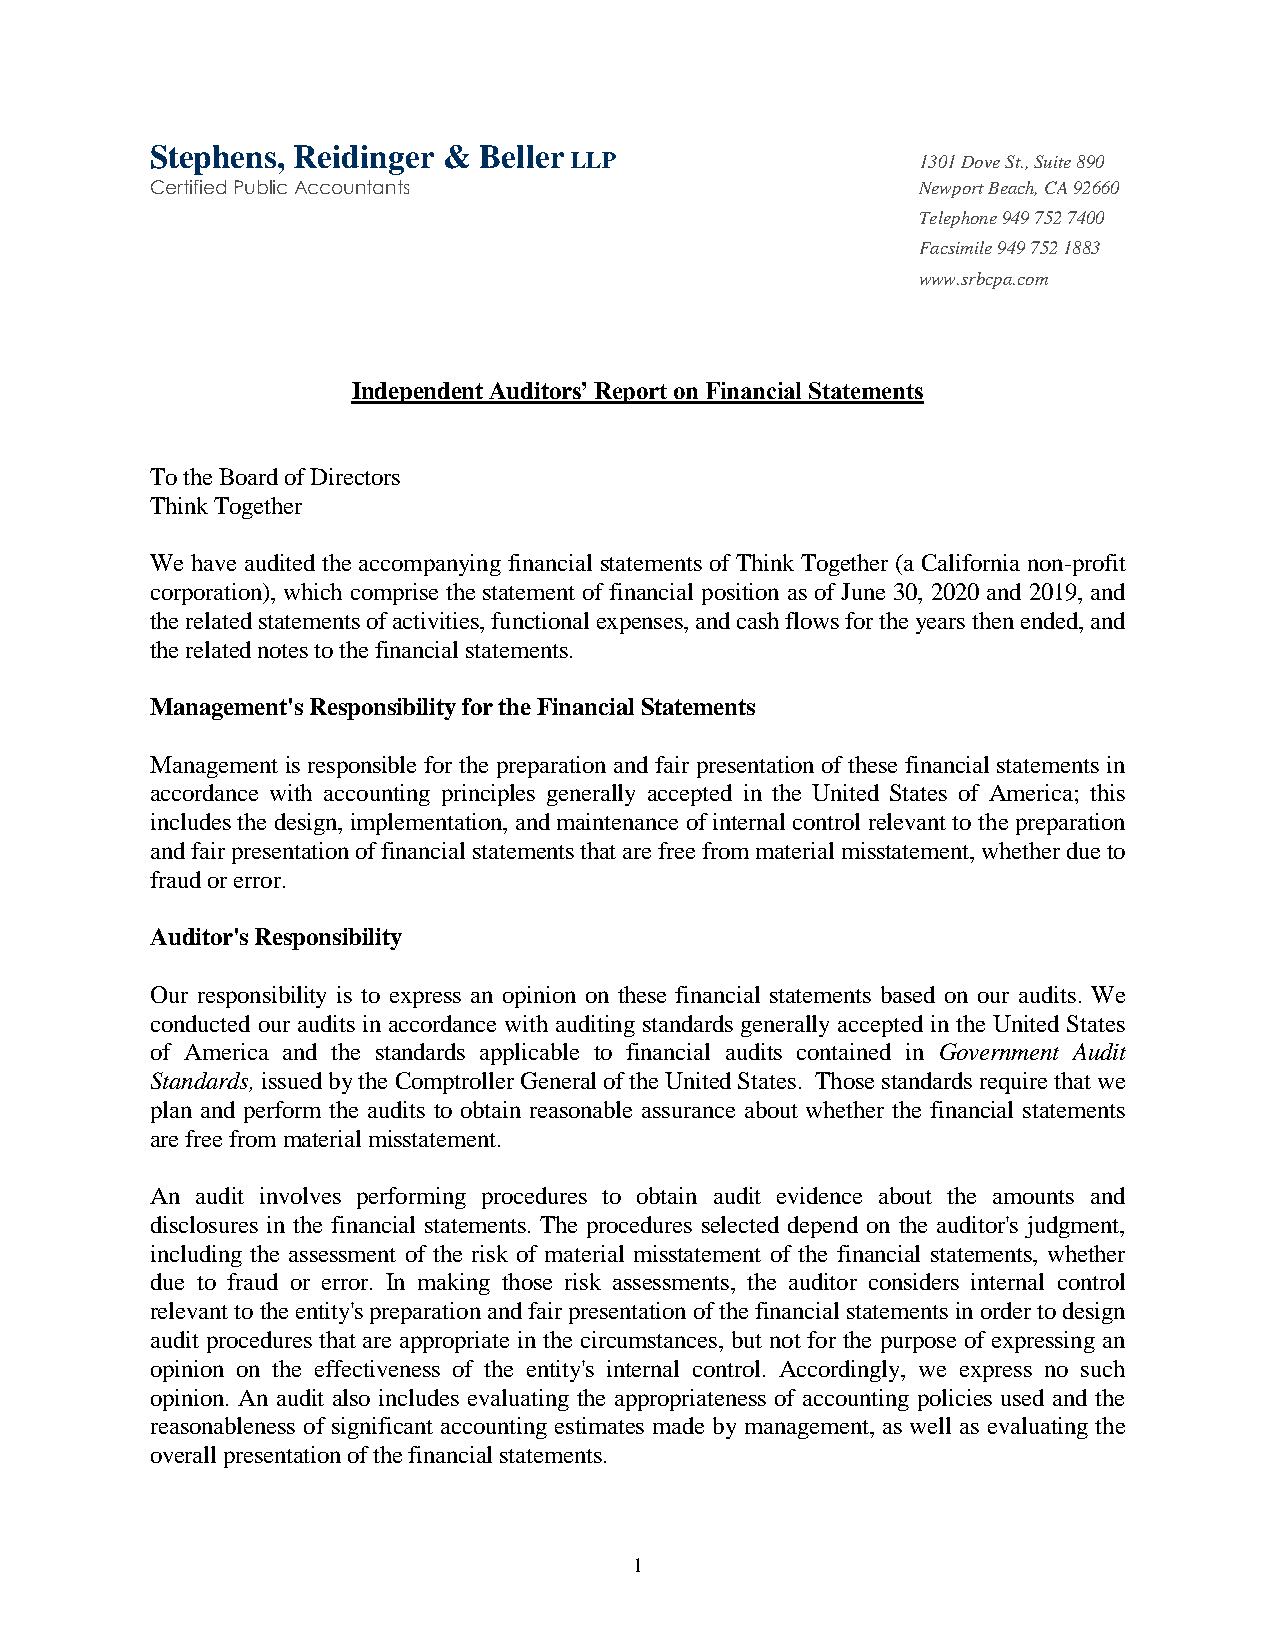
Independent Auditors’ Report on Financial Statements
 To the Board of Directors
 Think Together
 We have audited the accompanying financial statements of Think Together (a California non-profit
 corporation), which comprise the statement of financial position as of June 30, 2020 and 2019, and
 the related statements of activities, functional expenses, and cash flows for the years then ended, and
 the related notes to the financial statements.
 Management's Responsibility for the Financial Statements
 Management is responsible for the preparation and fair presentation of these financial statements in
 accordance with accounting principles generally accepted in the United States of America; this
 includes the design, implementation, and maintenance of internal control relevant to the preparation
 and fair presentation of financial statements that are free from material misstatement, whether due to
 fraud or error.
 Auditor's Responsibility
 Our responsibility is to express an opinion on these financial statements based on our audits. We
 conducted our audits in accordance with auditing standards generally accepted in the United States
 of America and the standards applicable to financial audits contained in Government Audit
 Standards, issued by the Comptroller General of the United States. Those standards require that we
 plan and perform the audits to obtain reasonable assurance about whether the financial statements
 are free from material misstatement.
 An audit involves performing procedures to obtain audit evidence about the amounts and
 disclosures in the financial statements. The procedures selected depend on the auditor's judgment,
 including the assessment of the risk of material misstatement of the financial statements, whether
 due to fraud or error. In making those risk assessments, the auditor considers internal control
 relevant to the entity's preparation and fair presentation of the financial statements in order to design
 audit procedures that are appropriate in the circumstances, but not for the purpose of expressing an
 opinion on the effectiveness of the entity's internal control. Accordingly, we express no such
 opinion. An audit also includes evaluating the appropriateness of accounting policies used and the
 reasonableness of significant accounting estimates made by management, as well as evaluating the
 overall presentation of the financial statements.
 1
 SC te e prtifie hd e
 P
 nu
 b
 s ,lic R
 A c
 ec io du i nn
 t a
 gn
 t
 es r & B e l l e r
 L L P                  1
 N
 T
 F
 w
 3
 e
 e
 a
 w
 0 1 D
 w p o
 le p h
 c s im
 w .s
 o v e S t., S u ite 8 9 0
 r t B e a c h , C A 9 2 6 6 0
 o n e 9 4 9 7 5 2 7 4 0 0
 ile 9 4 9 7 5 2 1 8 8 3
 r b c p a .c o m